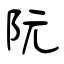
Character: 阮